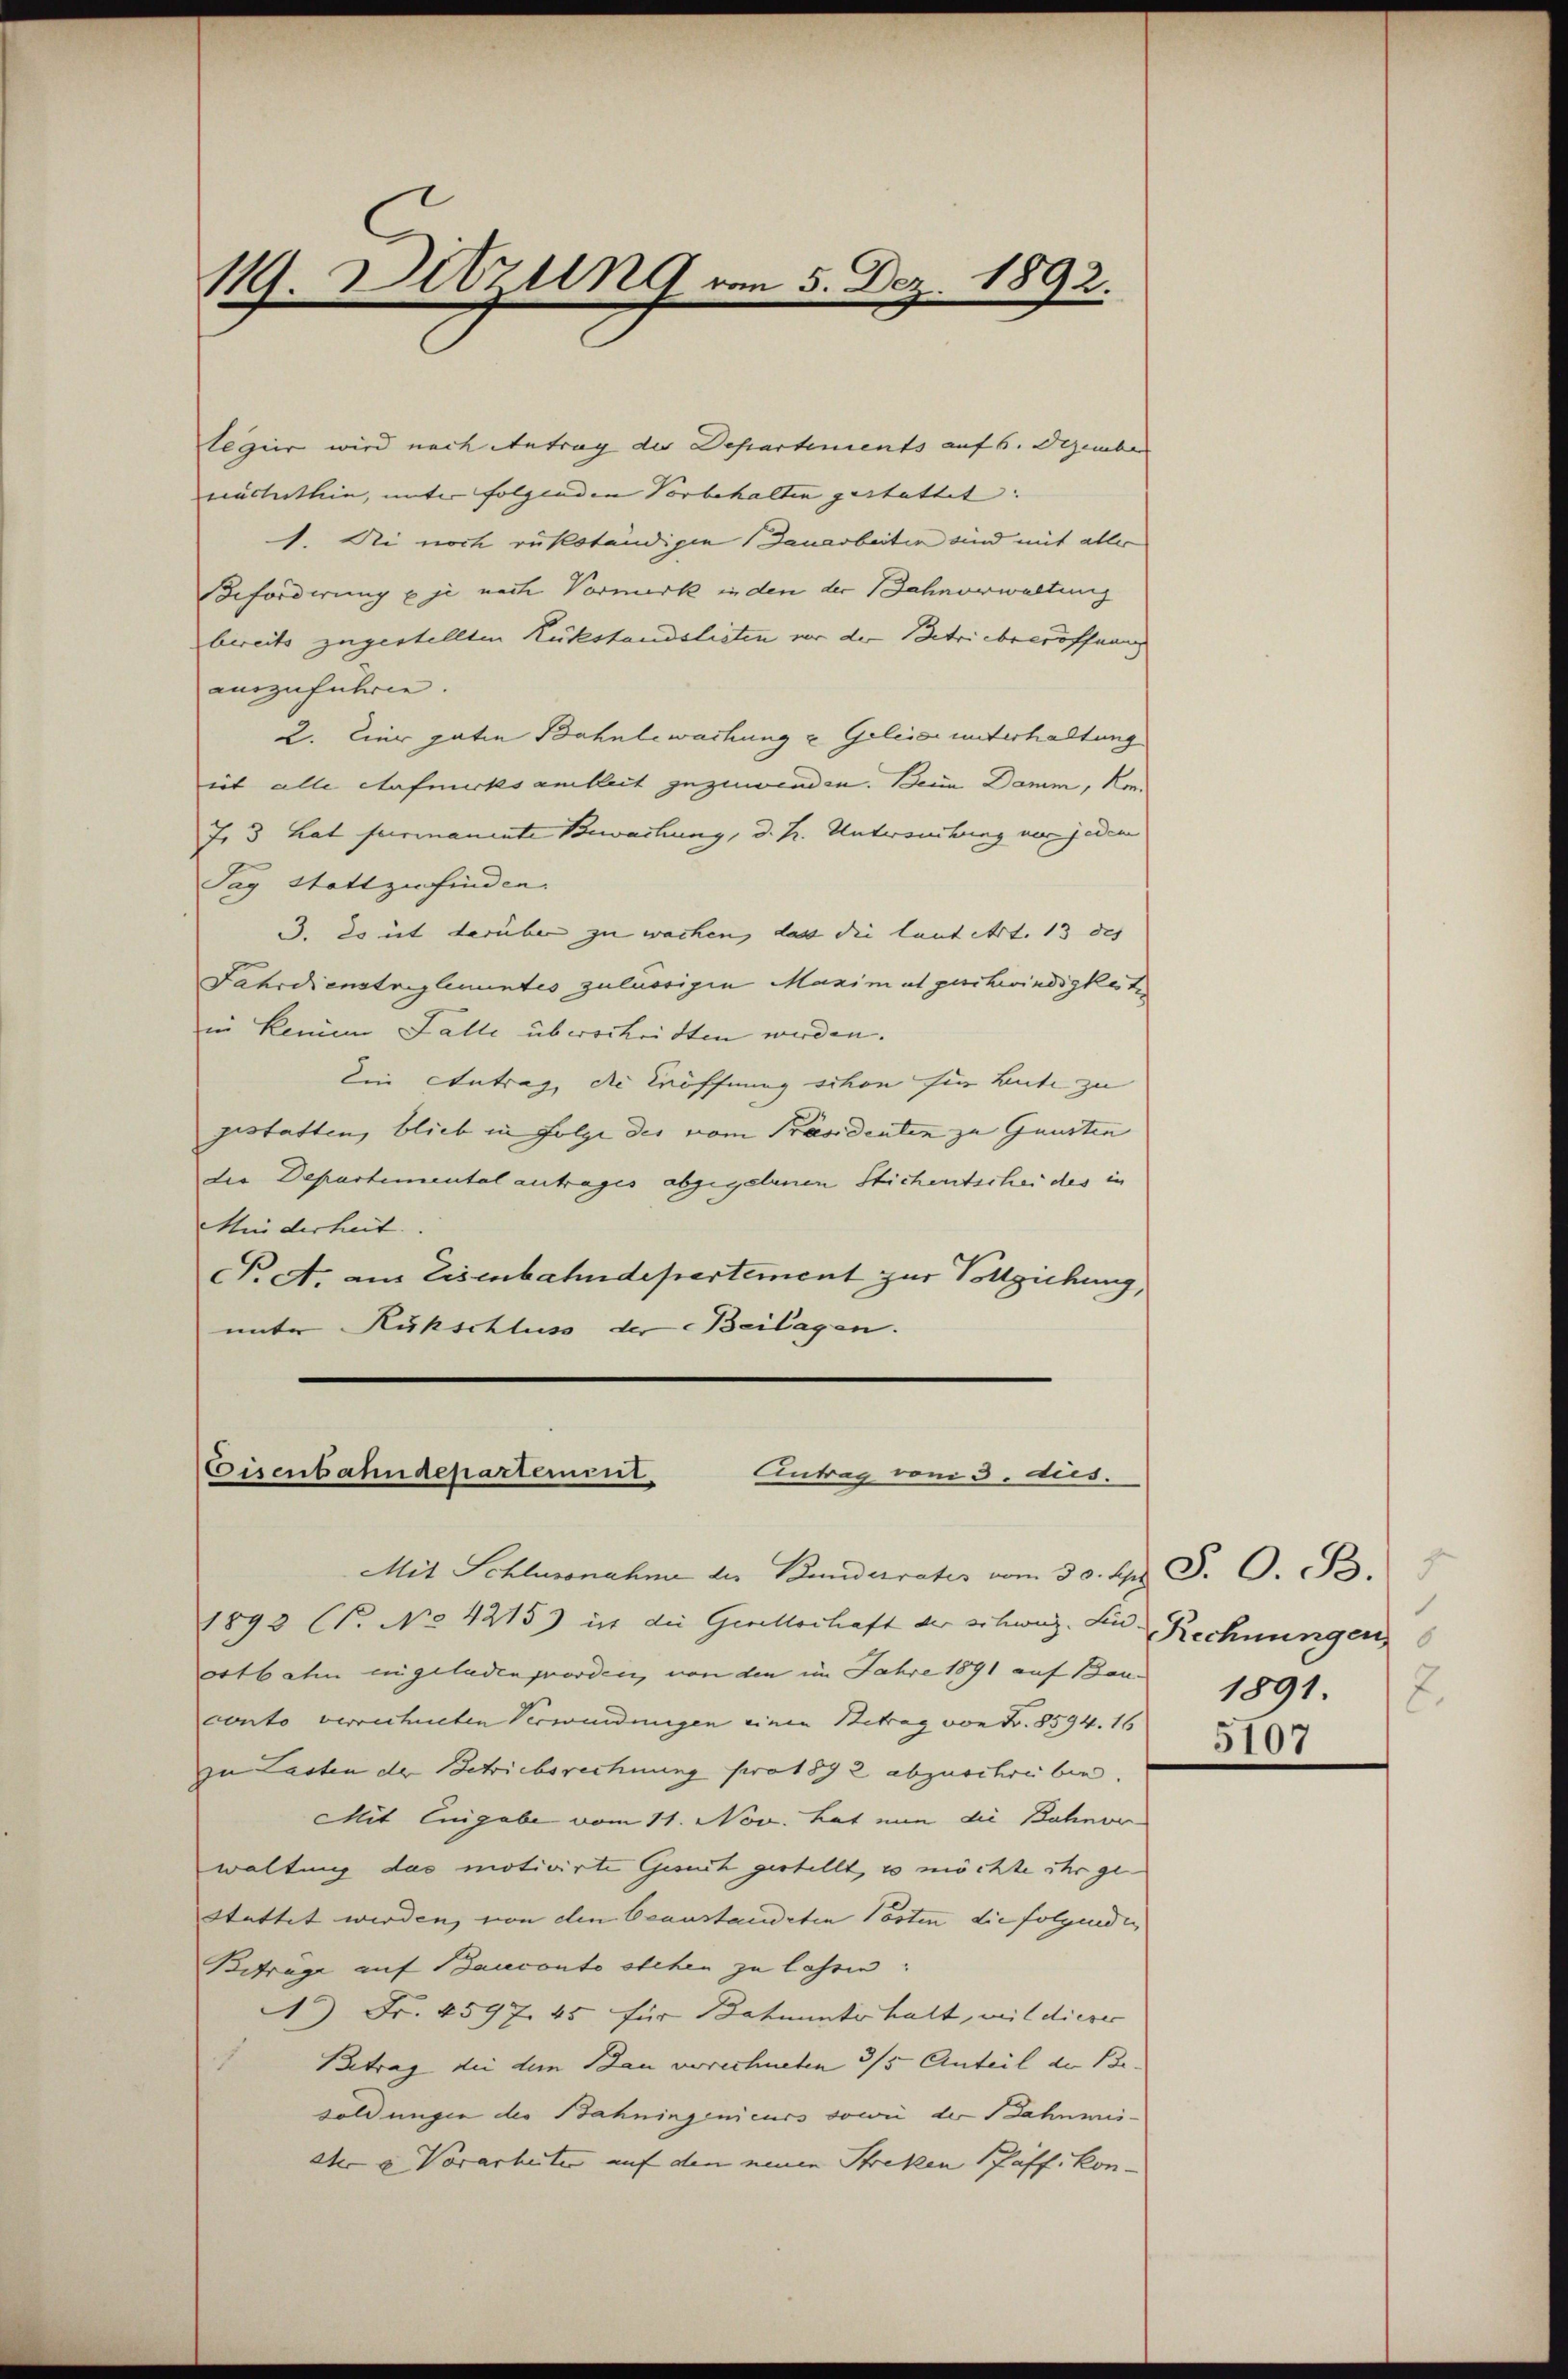
119. Ditzung vom 5. Dez. 1892.

legier wird nach Antrag der Departements auf 6. Dezember
euchthin, unter folgenden Vorbehalten gestattet:
1. Dei noch rükständigen Bauarbeiten sind mit aller
Beforderung u je nach Vormerk in den der Bahnerwaltung
bereits zugestellten Rükstandslisten vor der Betriebreröffnung
auszuführte.
2. Eier guten Bahnlewachung u Geleier unterhaltung
iit alle Aufmerksamkeit zuzuwenden. Beim Damm, Kon¬
7. 3 hat furmanente Bewachung, d. h. Untersuchung nur jeden
Tag Stattzufinden.
3. So ist darüber zu wachen, dass die laut Art. 13 des
Fahrdienstreglementes zulässigen Maximat geschwindigkeiter
in keinem Falle überschriften werden.
Ein Antrag, die Eröffnung schon fie Lute zu
gestatten, blieb in Folge des vom Präsidenten zu Gunsten
die Departemental antrages abgegebenen Stichentschei des in
Minderheit.
P. d. am Eisenbahndepartement zur Vollziehung,
unter Kukschluss der Beilagen.

Eisenbahndepartement.
Antrag vom 3. dus.

Mit Schlussnahme der Bundesrates vom 30. Apr. S. O. S. 7
1893 C. No 4215) ist die Gesellschaft der schweiz. Ein Rechnungen
ostbahn eingeladen worden, von den im Jahre 1891 auf Bau-
conto verrechneten Verwendungen einen Betrag von Fr. 8594. 16
zu Lasten der Betriebsrechnung pro 1892 abzuschreiben.
Mit Enigabe vom 11. Nov. hat nun die Bahnve
waltung das motivirte Gesuch gestellt, es möchte ihr ge
stattet werden, von den beanstandeten Posten die folgenden
Beträge auf Bauconto stehen zu lassen:
) Fr. 4597. 45 für Bahnunter halt, mit dieser
Betrag die den Bau verrechneten 3/5 Anteil an Be-
soldungen der Bahningenieurs sowie der Bahnmeidter u Vorarheiter auf den neuen Streken Pfäffikon-

1891.
2.

5107